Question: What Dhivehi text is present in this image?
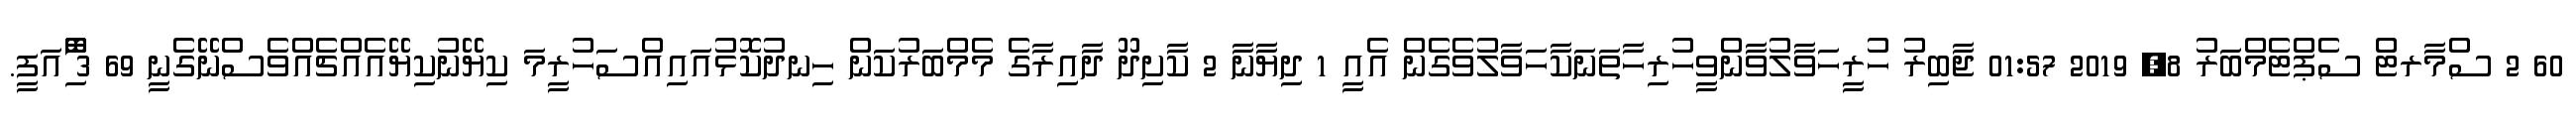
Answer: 60 2 ސްމާރޓް ސެޕްޓެމްބަރު 8, 2019 01:57 ޖާބިރު ހުރީހަވާލުވާންވީހުރިހާތަނަކާހަވާލުވެގެން އެއީ 1 ދިޔާނާ 2 ކާށިދޫ ދާއިރާގެ މެމްބަރުކަން ހިނދުކޮޅުއައިއްސަހުރީމަ ކިޔޭނުކިޔޭއެއްޗެއްވެސްނޭގެނީ 69 3 ާަަަަަެެެޮޮިުއަފީ.